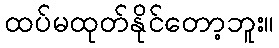
ထပ်မထုတ်နိုင်တော့ဘူး။